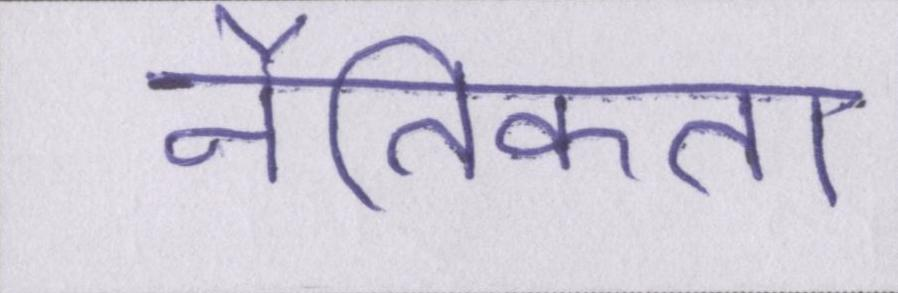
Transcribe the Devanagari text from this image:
नैतिकता